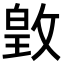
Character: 𫿃